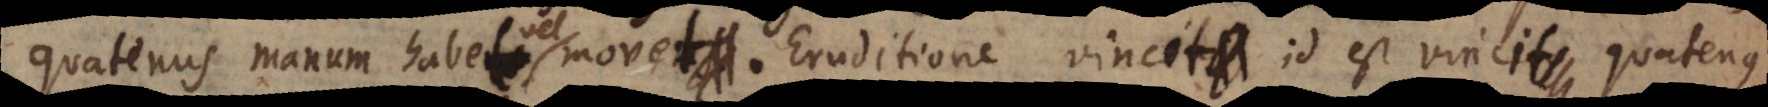
quatenus manum habet vel movet. Eruditione vincit id est vincit quatenus